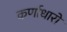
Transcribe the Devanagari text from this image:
कर्णाधारों